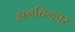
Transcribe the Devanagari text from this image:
अनचिन्हार